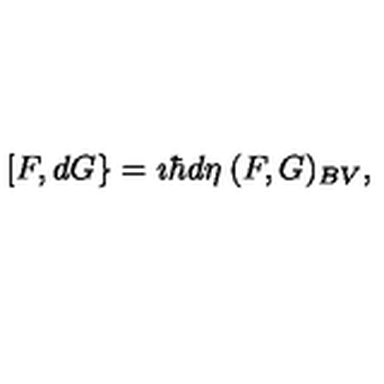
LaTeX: [ F , d G \} = \imath \hbar d \eta \: ( F , G ) _ { B V } ,